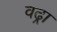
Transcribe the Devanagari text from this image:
वढ्रा